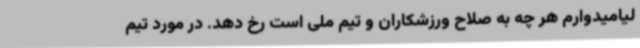
لیامیدوارم هر چه به صلاح ورزشکاران و تیم ملی است رخ دهد. در مورد تیم